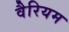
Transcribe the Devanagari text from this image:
वैरियम